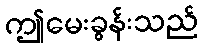
ဤမေးခွန်းသည်